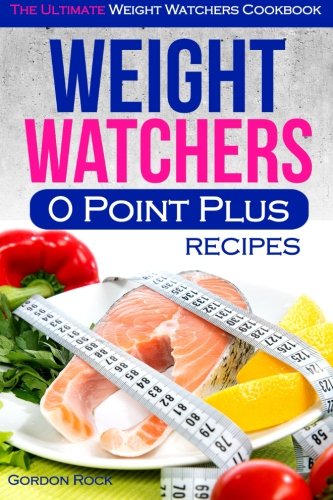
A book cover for Weight Watchers 0 Point Plus Recipes: The Ultimate Weight Watchers Cookbook; Gordon Rock; Health, Fitness & Dieting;